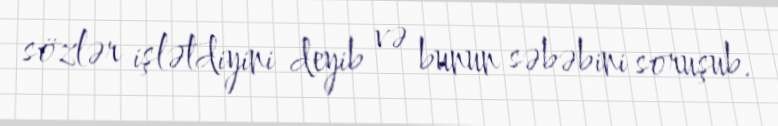
sözlər işlətdiyini deyib və bunun səbəbini soruşub.